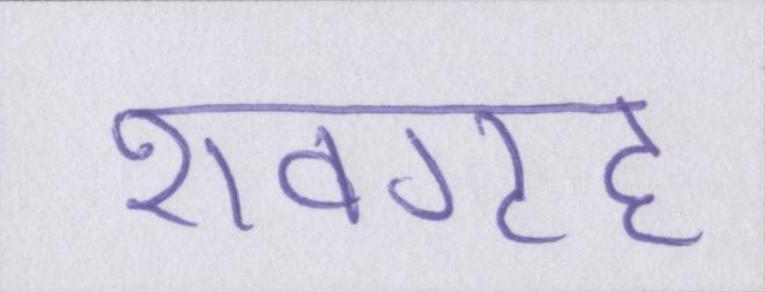
शवगृह